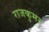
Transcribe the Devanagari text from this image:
राजकुमर